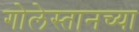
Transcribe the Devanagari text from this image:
गोलेस्तानच्या